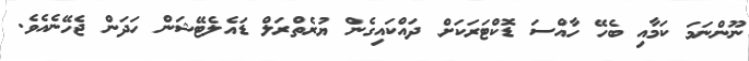
ނޫންނަމަ ކަމާއި ބެހޭ ހާއްސަ ޑޮކްޓަރަކަށް ދައްކައިގެން ޔުރެތްރަލް ޑައެލެޓޭޝަން ހަދަން ޖެހޭނެއެވެ.